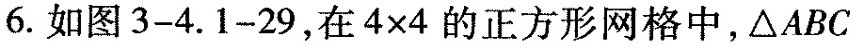
6.如图3-4. 1-29，在$$4 \times 4$$的方形网格中，△ ABC